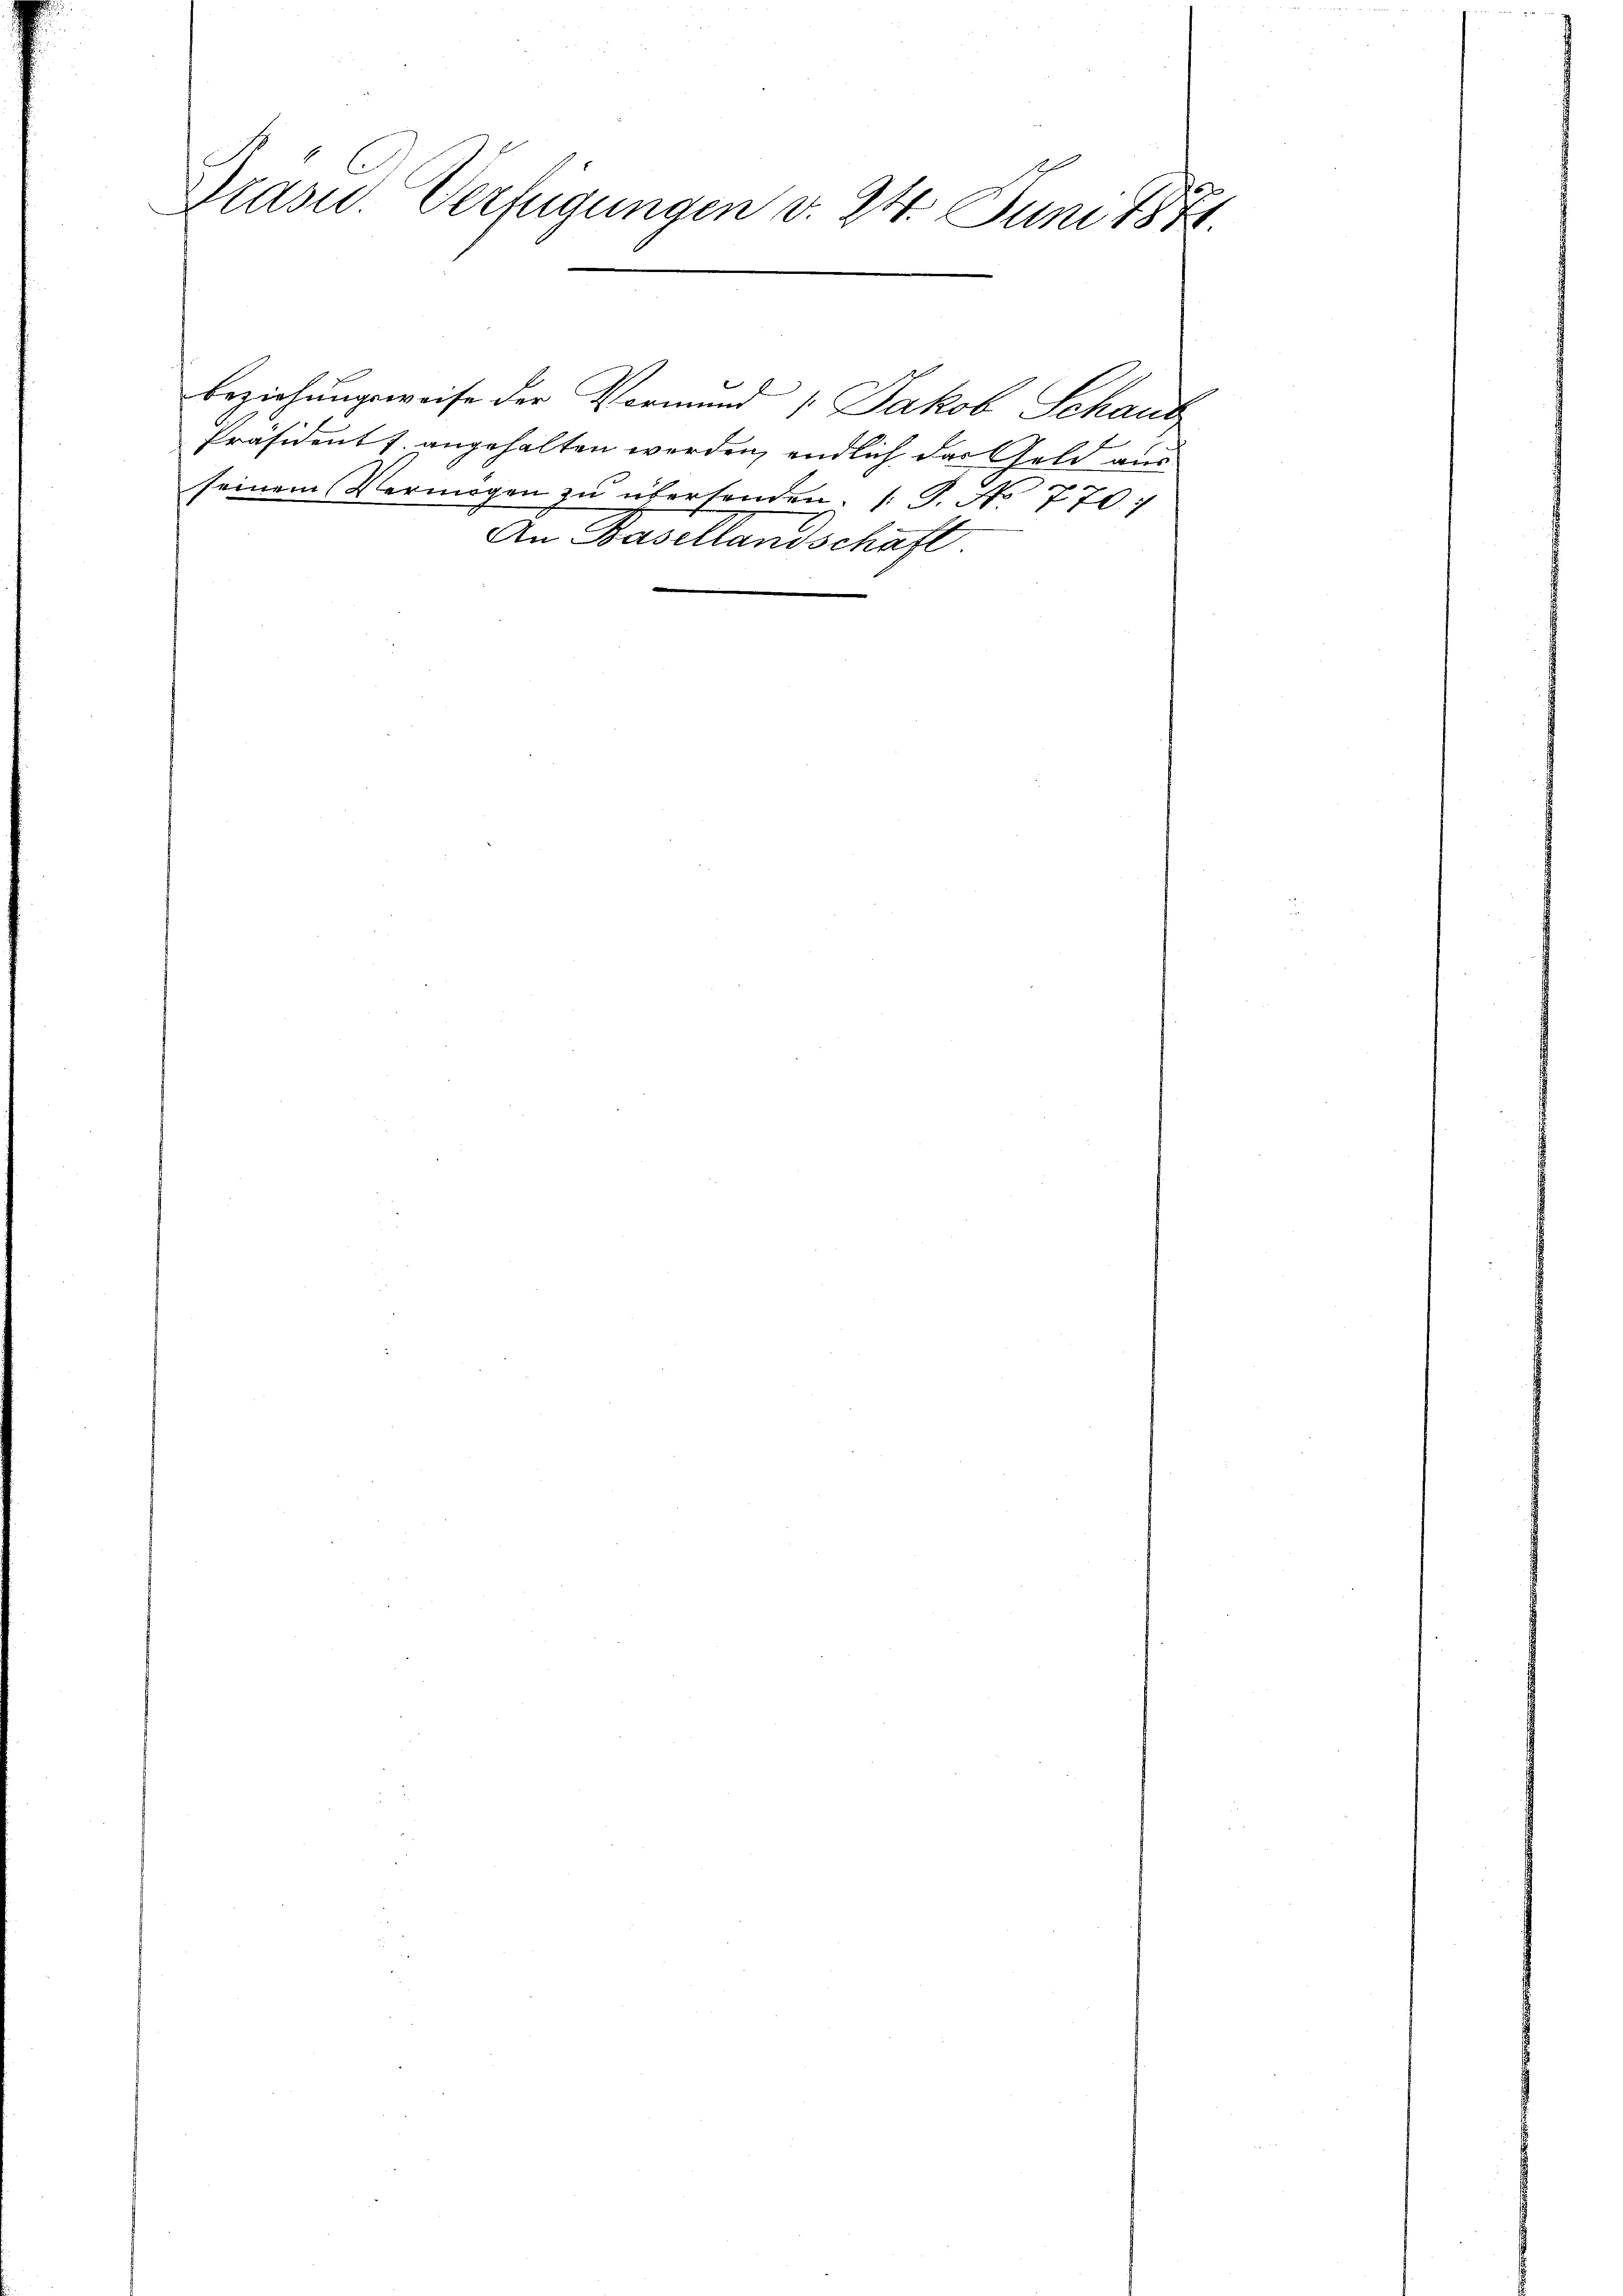
Präsid. Verfügungen d. 24. Juni 1874.

beziehungsweise der Vormund 1 Jakob Schaus
Präsident J. angehalten werden, endlich das Geld aus
seinem Vermögen zŭ überhanden. (T. No 770.
An Basellandschaft